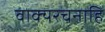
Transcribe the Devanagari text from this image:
वाक्यरचनाहि